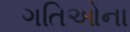
ગતિઓના